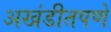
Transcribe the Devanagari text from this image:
अखंडीतपणे